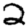
Digit: 2